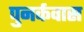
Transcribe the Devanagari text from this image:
पुनर्कवास